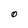
Character: 0